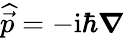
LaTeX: \widehat{\vec{p}}=-\mathrm{i}\hbar\boldsymbol{\nabla}